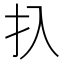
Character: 扖